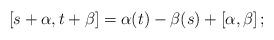
LaTeX: \begin{align*}[ s + \alpha, t + \beta ] = \alpha(t) - \beta(s) +[ \alpha , \beta ]\,;\end{align*}